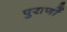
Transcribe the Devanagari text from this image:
पुराणाें